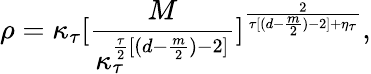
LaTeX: \rho=\kappa_{\tau}[\frac{M}{\kappa_{\tau}^{\frac{\tau}{2}[(d-\frac{m}{2})-2]}}]^{\frac{2}{\tau[(d-\frac{m}{2})-2]+\eta_{\tau}}},